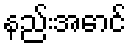
နည်းအောင်